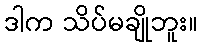
ဒါက သိပ်မချိုဘူး။